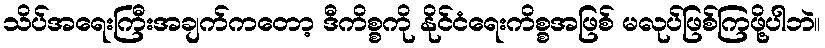
သိပ်အရေးကြီးအချက်ကတော့ ဒီကိစ္စကို နိုင်ငံရေးကိစ္စအဖြစ် မလုပ်ဖြစ်ကြဖို့ပါဘဲ။